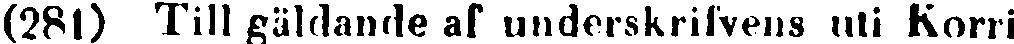
(281) Till gäldande af underskrifvens uti Korri